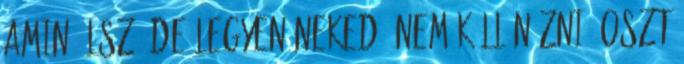
amin ülsz, de legyen neked. nem köll nézni, oszt